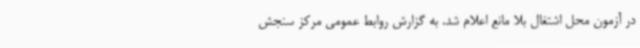
در آزمون محل اشتغال بلا مانع اعلام شد. به گزارش روابط عمومی مرکز سنجش